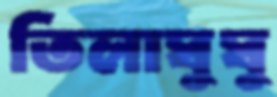
তিলাঘুঘু